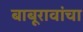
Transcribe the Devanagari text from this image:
बाबूरावांचा